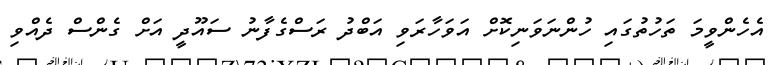
އެހެންވީމަ ތަހުތުގައި ހުންނަވަނިކޮށް އަވަހާރަވި އަބްދު ރަސްގެފާނު ސައޫދީ އަށް ގެންސް ދެއްވި